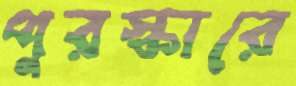
পুরস্কারে